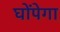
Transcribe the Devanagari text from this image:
घोंपेगा